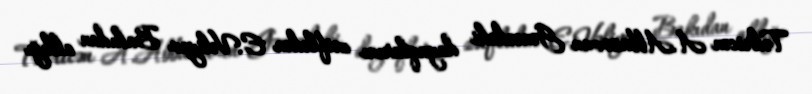
Tədricən A.Abbasovun Gəncədəki dayaqlarını zəiflədən E.Vəliyev Bakıdan aldığı